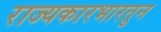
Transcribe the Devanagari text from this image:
राज्यकारभारतुन